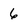
Character: 6